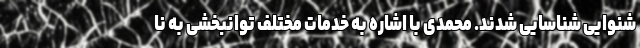
شنوایی شناسایی شدند. محمدی با اشاره به خدمات مختلف توانبخشی به نا